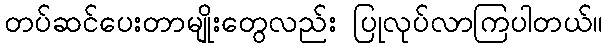
တပ်ဆင်ပေးတာမျိုးတွေလည်း ပြုလုပ်လာကြပါတယ်။